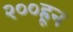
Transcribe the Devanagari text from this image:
२००हून